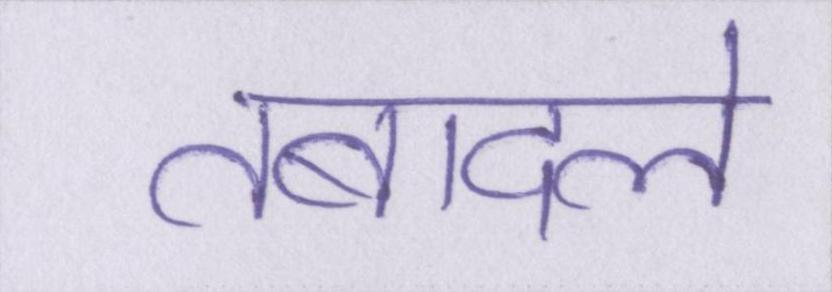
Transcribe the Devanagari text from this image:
तबादले